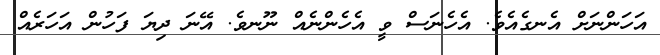
އަހަންނަށް އެނގެއެވެ. އެހެނަސް ވީ އެހެންނެއް ނޫނވެ. އޭނަ ދިޔަ ފަހުން އަހަރެއް